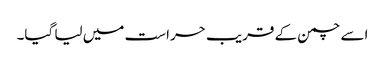
اسے چمن کے قریب حراست میں لیا گیا۔